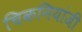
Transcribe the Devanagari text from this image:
चिकनियांजी